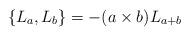
LaTeX: \begin{align*}\{L_{a},L_{b}\}=-(a\times b)L_{a+b}\end{align*}